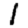
Digit: 1